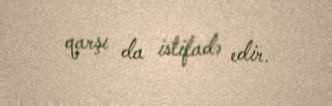
qarşı da istifadə edir.